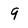
Character: 9